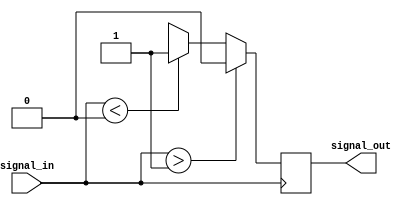
module Schmitt_trigger_inverter (
    input wire signal_in,
    output reg signal_out
);

reg prev_signal;

parameter VTH_HIGH = 1;
parameter VTH_LOW = 0;

always @ (posedge signal_in) begin
    if (signal_in > VTH_HIGH)
        signal_out <= 0;
    else if (signal_in < VTH_LOW)
        signal_out <= 1;
    else
        signal_out <= prev_signal;
end

endmodule